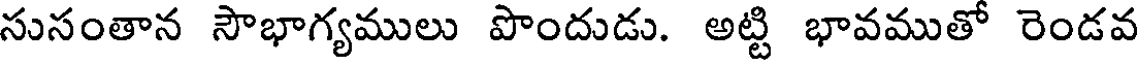
సుసంతాన సౌభాగ్యములు పొందుడు. అట్టి భావముతో రెండవ